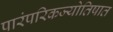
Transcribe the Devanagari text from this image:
पारंपरिकज्योतिषात